Cholera in southern India
Disease focus: Cholera
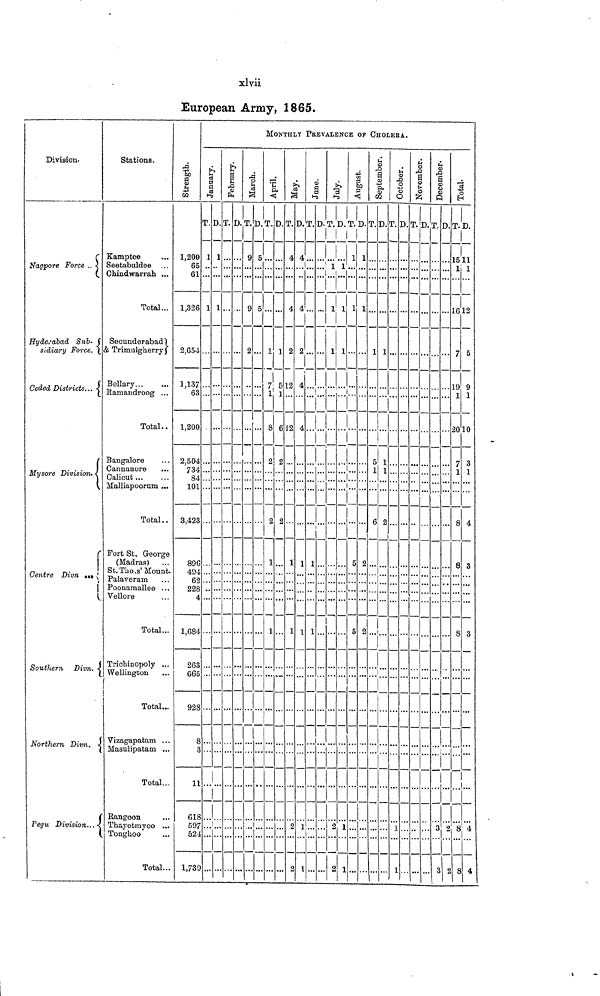
xlvii
European Army, 1865.
Division.
Nagpore Force
Hyderabad Suh-
diary Force.
Ceded Districts...
Mysore Division.
Centre Divn.
Southern Divn.
Northern Divn.
Pegu Division.
Stations.
Kamptee
Seetabuldee
Chindwarrah
Total
Secunderabad
& Trimulgherry
Bellary
Bamandroog
Total
Bangalore
Cannanore
Calicut
Malliapooram
Total
'Fort St. George
(Madras)
St.Tho.s' Mount
Palaveram
Poonamallee
Vellore
Total
Trichinopoly
Wellington
Total
Vizagapatam ..
Masulipatam
Total.
Rangoon
Thayetmyoo
Tonghoo
Total.
St rengt h.
1, 200
65
61
1, 326
2, 654
1, 137
63
l,200
2, 504
734
84
101
3, 423
896
494
62
228
4
1, 684
263
665
928
11
618
597
524
1,789
MONTHLY PREVALENCE OF CHOLERA.
January.
T.
1
1
8
3
D.
1
1
February.
T.D.
March.
T.
9
9
2
D.
5
5
April.
T.
1
7
1
8
2
2
1
1
D.
1
5
6
2
2
May.
T.
4
4
2
12
12
1
1
2
D.
4
4
2
4
4
1
1
1
2
June.
T.
1
1
1
D.
2
July.
T.
1
1
1
1
D.
1
1
1
2
August.
T.
1
1
1
5
5
1
D.
1
1
2
2
September.
T.
1
5
1
6
1
D.
1
1
1
2
October.
T.
1
D.
November.
T.D.
December.
T.
3
3
D.
2
2
Total.
T.
15
1
16
7
19
1
20
7
1
8
8
8
8
8
D.
11
1
12
5
9
1
10
3
1
4
3
3
4
4